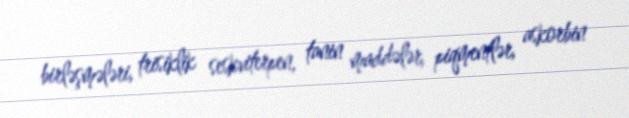
birləşmələri, trisiklik seskviterpen, tanin maddələr, piqmentlər, askorbin